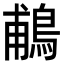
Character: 鵏